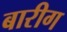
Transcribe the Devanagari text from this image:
बारीग